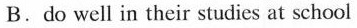
B.do well in their studies at school